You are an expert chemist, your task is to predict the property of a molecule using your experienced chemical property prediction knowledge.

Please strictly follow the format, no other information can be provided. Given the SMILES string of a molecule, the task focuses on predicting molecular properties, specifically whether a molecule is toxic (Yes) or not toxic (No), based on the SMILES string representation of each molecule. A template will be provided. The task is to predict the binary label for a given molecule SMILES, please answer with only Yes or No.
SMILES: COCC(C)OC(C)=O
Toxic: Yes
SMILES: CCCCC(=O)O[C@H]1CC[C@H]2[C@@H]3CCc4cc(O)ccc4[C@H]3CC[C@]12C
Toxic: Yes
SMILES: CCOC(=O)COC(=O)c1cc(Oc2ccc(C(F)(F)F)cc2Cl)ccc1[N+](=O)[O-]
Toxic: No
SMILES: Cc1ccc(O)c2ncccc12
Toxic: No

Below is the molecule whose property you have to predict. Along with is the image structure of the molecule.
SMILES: Cc1ccc([N+](=O)[O-])c(N)c1
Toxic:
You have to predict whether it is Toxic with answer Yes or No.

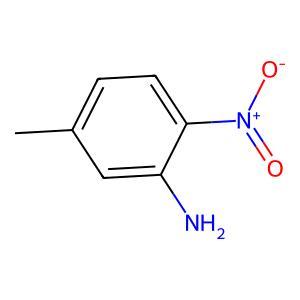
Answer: No